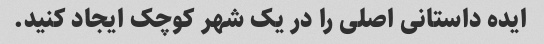
ایده داستانی اصلی را در یک شهر کوچک ایجاد کنید.